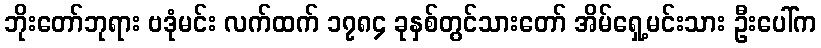
ဘိုးတော်ဘုရား ဗဒုံမင်း လက်ထက် ၁၇၈၄ ခုနှစ်တွင်သားတော် အိမ်ရှေ့မင်းသား ဦးပေါ်က